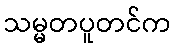
သမ္မတပူတင်က